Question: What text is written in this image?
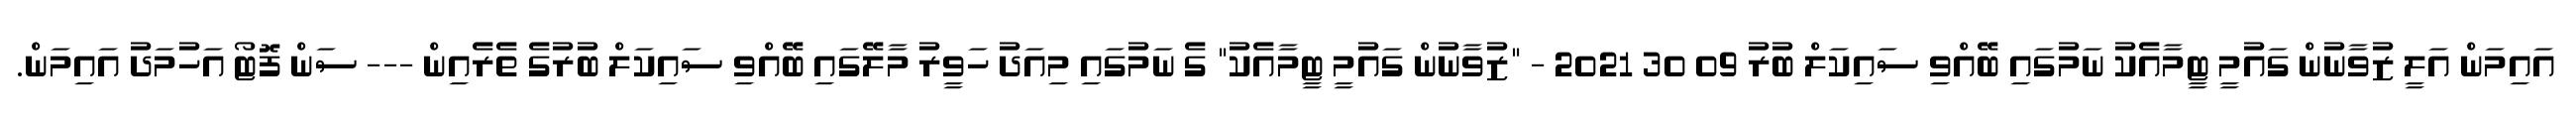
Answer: އައިމަން އަލީ ޒުވާނުން ގައުމީ ޓީމާއެކު ނަމުގައި ބޭއްވި ސައިކަލް ބުރު 09 30 2021 - "ޒުވާނުން ގައުމީ ޓީމާއެކު" ގެ ނަމުގައި މިއަދު ހަވީރު މާލޭގައި ބޭއްވި ސައިކަލް ބުރުގެ ތެރެއިން --- ސަން ފޮޓޯ އަހުމަދު އައިމަން.